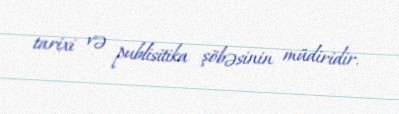
tarixi və publisitika şöbəsinin müdiridir.